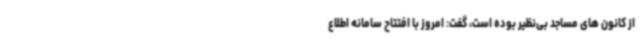
از کانون های مساجد بی‌نظیر بوده است، گفت: امروز با افتتاح سامانه اطلاع